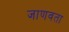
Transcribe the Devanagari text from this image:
जाणवता